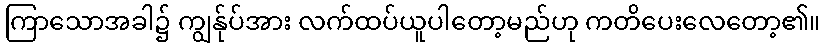
ကြာသောအခါ၌ ကျွန်ုပ်အား လက်ထပ်ယူပါတော့မည်ဟု ကတိပေးလေတော့၏။